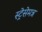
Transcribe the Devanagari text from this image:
स्ट्रेसेमन्न